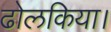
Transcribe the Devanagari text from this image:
ढोलकिया।